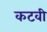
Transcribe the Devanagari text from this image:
कटवी